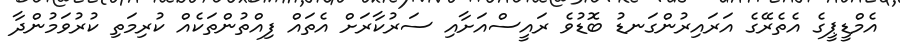
އެމްޑީޕީގެ އެތެރޭގެ އަރައިރުންގަނޑު ބޮޑުވެ ރައީސްއަށާއި ސަރުކާރަށް އެތައް ފިއްތުންތަކެއް ކުރިމަތި ކުރުވަމުންދާ